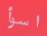
اسوأ